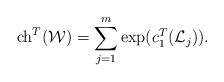
\begin{align*} {\rm ch}^T({\mathcal W})=\sum_{j=1}^m{\rm exp}(c_1^T({\mathcal L}_j)). \end{align*}